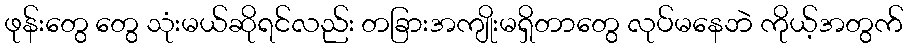
ဖုန်းတွေ တွေ သုံးမယ်ဆိုရင်လည်း တခြားအကျိုးမရှိတာတွေ လုပ်မနေဘဲ ကိုယ့်အတွက်